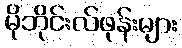
မိုဘိုင်းလ်ဖုန်းများ